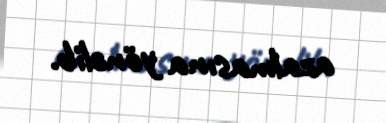
azalmasına yönəlib.